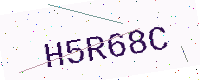
Text: H5R68C